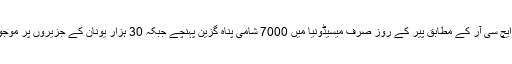
یو این ایچ سی آر کے مطابق پیر کے روز صرف میسیڈونیا میں 7000 شامی پناہ گزین پہنچے جبکہ 30 ہزار یونان کے جزیروں پر موجود ہیں۔